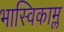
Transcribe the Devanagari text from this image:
भास्विकाम्ल